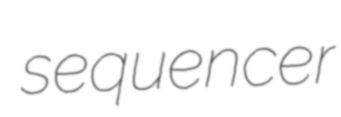
sequencer